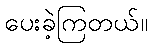
ပေးခဲ့ကြတယ်။